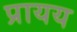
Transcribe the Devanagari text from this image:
प्रायय